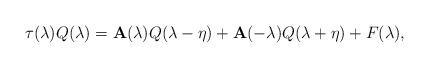
LaTeX: \begin{align*}\tau (\lambda )Q(\lambda )=\mathbf{A}(\lambda )Q(\lambda -\eta )+\mathbf{A} (-\lambda )Q(\lambda +\eta )+F(\lambda ),\end{align*}